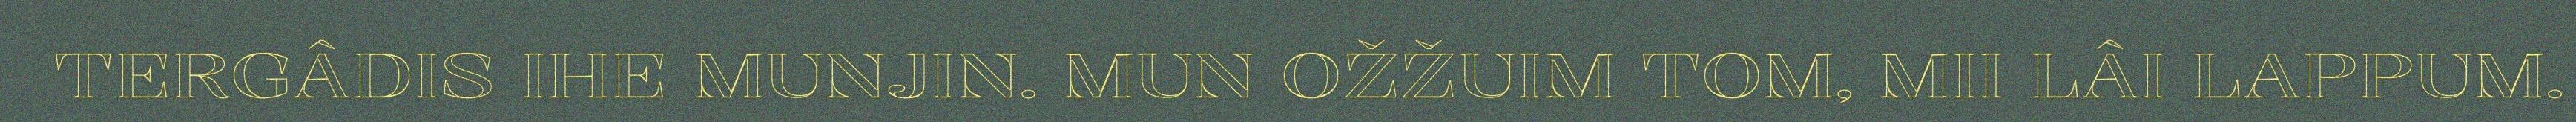
TERGÂDIS IHE MUNJIN. MUN OŽŽUIM TOM, MII LÂI LAPPUM.